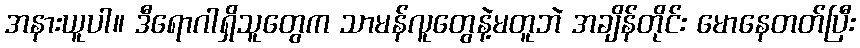
အနားယူပါ။ ဒီရောဂါရှိသူတွေက သာမန်လူတွေနဲ့မတူဘဲ အချိန်တိုင်း မောနေတတ်ပြီး